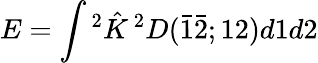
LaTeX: E=\int{^{2}{\hat{K}}\, ^{2}D({\bar{1}}{\bar{2}};12)d1d2}